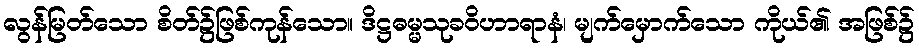
လွန်မြတ်သော စိတ်၌ဖြစ်ကုန်သော။ ဒိဋ္ဌဓမ္မသုခဝိဟာရာနံ၊ မျက်မှောက်သော ကိုယ်၏ အဖြစ်၌